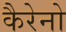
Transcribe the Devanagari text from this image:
कैरेनो